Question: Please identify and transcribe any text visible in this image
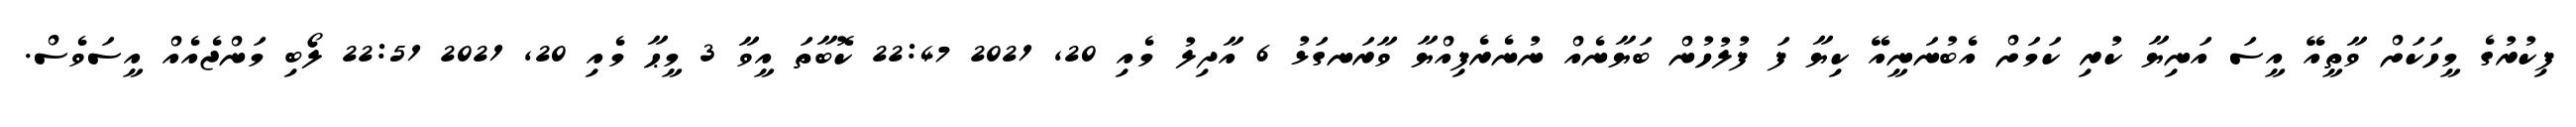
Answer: ފިކުރުގެ މީހަކަށް ވާތީއޭ އީސަ އަނިޔާ ކުރި ކަމަށް އެބުނަނީއޭ ކިޔާ ފަ ފުލުހުން ބަޔާނެއް ނުނެރެފިއްޔާ ވާރަނގަޅު 6 އާދިލު މެއި 20, 2021 22:47 ކޮބާތަ އީވާ 3 މީޙާ މެއި 20, 2021 22:51 ލޯބި މަންޖެއެއް އީސަވެސް.